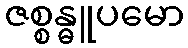
ဇစ္စန္ဓူပမော